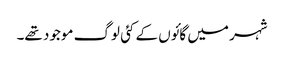
شہر میں گائوں کے کئی لوگ موجود تھے۔